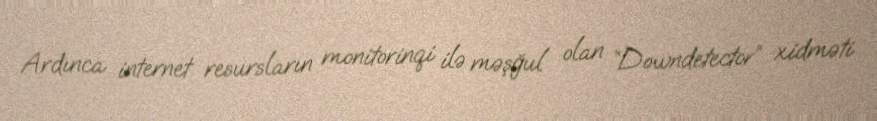
Ardınca internet resursların monitorinqi ilə məşğul olan “Downdetector” xidməti